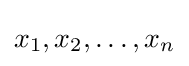
{\textstyle x_{1},x_{2},\ldots ,x_{n}}